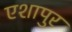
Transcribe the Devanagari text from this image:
एशापुर